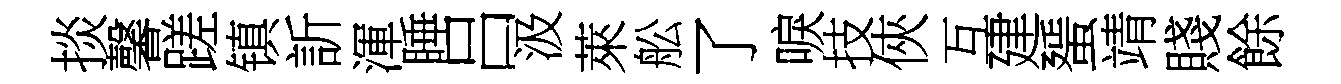
掞馨蹉镇訢渾睡吕汲萊舩了唳技俠互建蜑靖賤餘